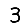
Digit: 3